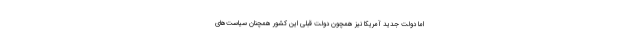
اما دولت جدید آمریکا نیز همچون دولت قبلی این کشور همچنان سیاست‌های